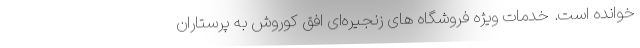
خوانده است. خدمات ویژه فروشگاه ­های زنجیره­ای افق کوروش به پرستاران